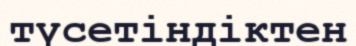
түсетіндіктен